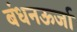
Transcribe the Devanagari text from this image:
बंधनऊर्जा